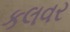
કલવર